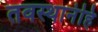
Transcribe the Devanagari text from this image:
तवस्थानंहि